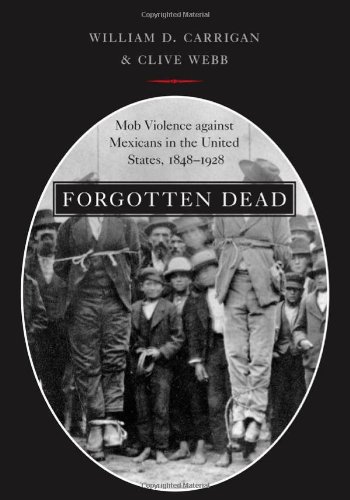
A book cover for Forgotten Dead: Mob Violence against Mexicans in the United States, 1848-1928; William D. Carrigan; History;